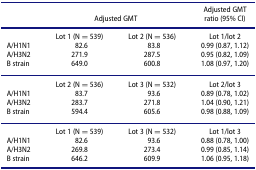
|  | <COLSPAN=2> Adjusted GMT | Adjusted GMT ratio (95% CI) |
 | --- | --- | --- | --- |
 |  | Lot 1 (N = 539) | Lot 2 (N = 536) | Lot 1/lot 2 |
 | A/H1N1 | 82.6 | 83.8 | 0.99 (0.87, 1.12) |
 | A/H3N2 | 271.9 | 287.5 | 0.95 (0.82, 1.09) |
 | B strain | 649.0 | 600.8 | 1.08 (0.97, 1.20) |
 |  | Lot 2 (N = 536) | Lot 3 (N = 532) | Lot 2/lot 3 |
 | A/H1N1 | 83.7 | 93.6 | 0.89 (0.78, 1.02) |
 | A/H3N2 | 283.7 | 271.8 | 1.04 (0.90, 1.21) |
 | B strain | 594.4 | 605.6 | 0.98 (0.88, 1.09) |
 |  | Lot 1 (N = 539) | Lot 3 (N = 532) | Lot 1/lot 3 |
 | A/H1N1 | 82.6 | 93.6 | 0.88 (0.78, 1.00) |
 | A/H3N2 | 269.8 | 273.4 | 0.99 (0.85, 1.14) |
 | B strain | 646.2 | 609.9 | 1.06 (0.95, 1.18) |